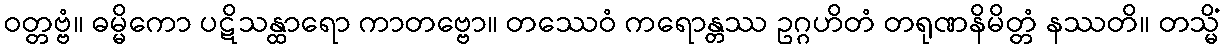
ဝတ္တဗ္ဗံ။ ဓမ္မိကော ပဋိသန္ထာရော ကာတဗ္ဗော။ တဿေဝံ ကရောန္တဿ ဥဂ္ဂဟိတံ တရုဏနိမိတ္တံ နဿတိ။ တသ္မိံ